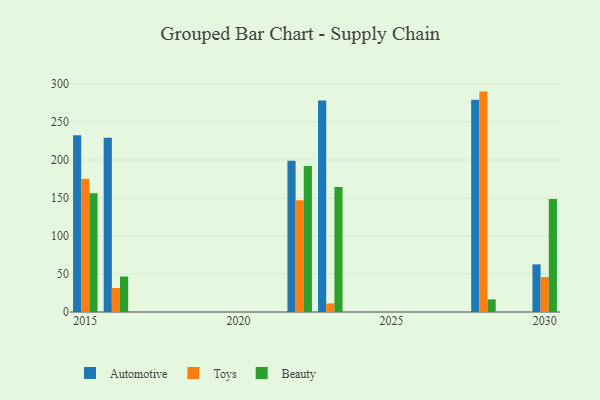
{"axis": {"x": "Year", "y": "Waste Production (Tons)"}, "legend": ["Automotive", "Beauty", "Toys"], "data": [{"x": "2016", "y": 229.4, "type": "Automotive"}, {"x": "2016", "y": 31.6, "type": "Toys"}, {"x": "2016", "y": 46.7, "type": "Beauty"}, {"x": "2028", "y": 279.2, "type": "Automotive"}, {"x": "2028", "y": 290.0, "type": "Toys"}, {"x": "2028", "y": 16.6, "type": "Beauty"}, {"x": "2030", "y": 62.7, "type": "Automotive"}, {"x": "2030", "y": 46.1, "type": "Toys"}, {"x": "2030", "y": 148.8, "type": "Beauty"}, {"x": "2023", "y": 278.2, "type": "Automotive"}, {"x": "2023", "y": 11.3, "type": "Toys"}, {"x": "2023", "y": 164.4, "type": "Beauty"}, {"x": "2022", "y": 199.0, "type": "Automotive"}, {"x": "2022", "y": 147.0, "type": "Toys"}, {"x": "2022", "y": 192.0, "type": "Beauty"}, {"x": "2015", "y": 232.5, "type": "Automotive"}, {"x": "2015", "y": 175.4, "type": "Toys"}, {"x": "2015", "y": 156.1, "type": "Beauty"}]}